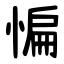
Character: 惼